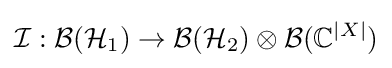
{\mathcal {I}}:{\mathcal {B}}({\mathcal {H}}_{1})\rightarrow {\mathcal {B}}({\mathcal {H}}_{2})\otimes {\mathcal {B}}(\mathbb {C} ^{|X|})